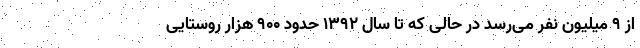
از ۹ میلیون نفر می‌رسد در حالی که تا سال ۱۳۹۲ حدود ۹۰۰ هزار روستایی